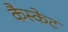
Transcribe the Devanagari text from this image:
कैस्केट